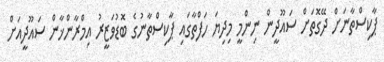
ޕާކިސްތާނަށް ދޭގޮތަށް ސައޫދީން ނިންމީ މިދިޔަ ހަފްތާގައި ޕާކިސްތާނުގެ ބޮޑުވަޒީރު އިމްރާންޚާން ސައޫދީއަށް